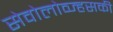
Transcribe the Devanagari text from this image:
सेवोलोव्ज्हसकी